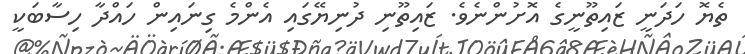
ތެޔޮ ހަދަނީ ޒައިތޫނީގެ އޮށުންނެވެ. ޒައިތޫނި ދުނިޔޭގައި އެންމެ ގިނައިން ހައްދާ ހިސާބަކީ